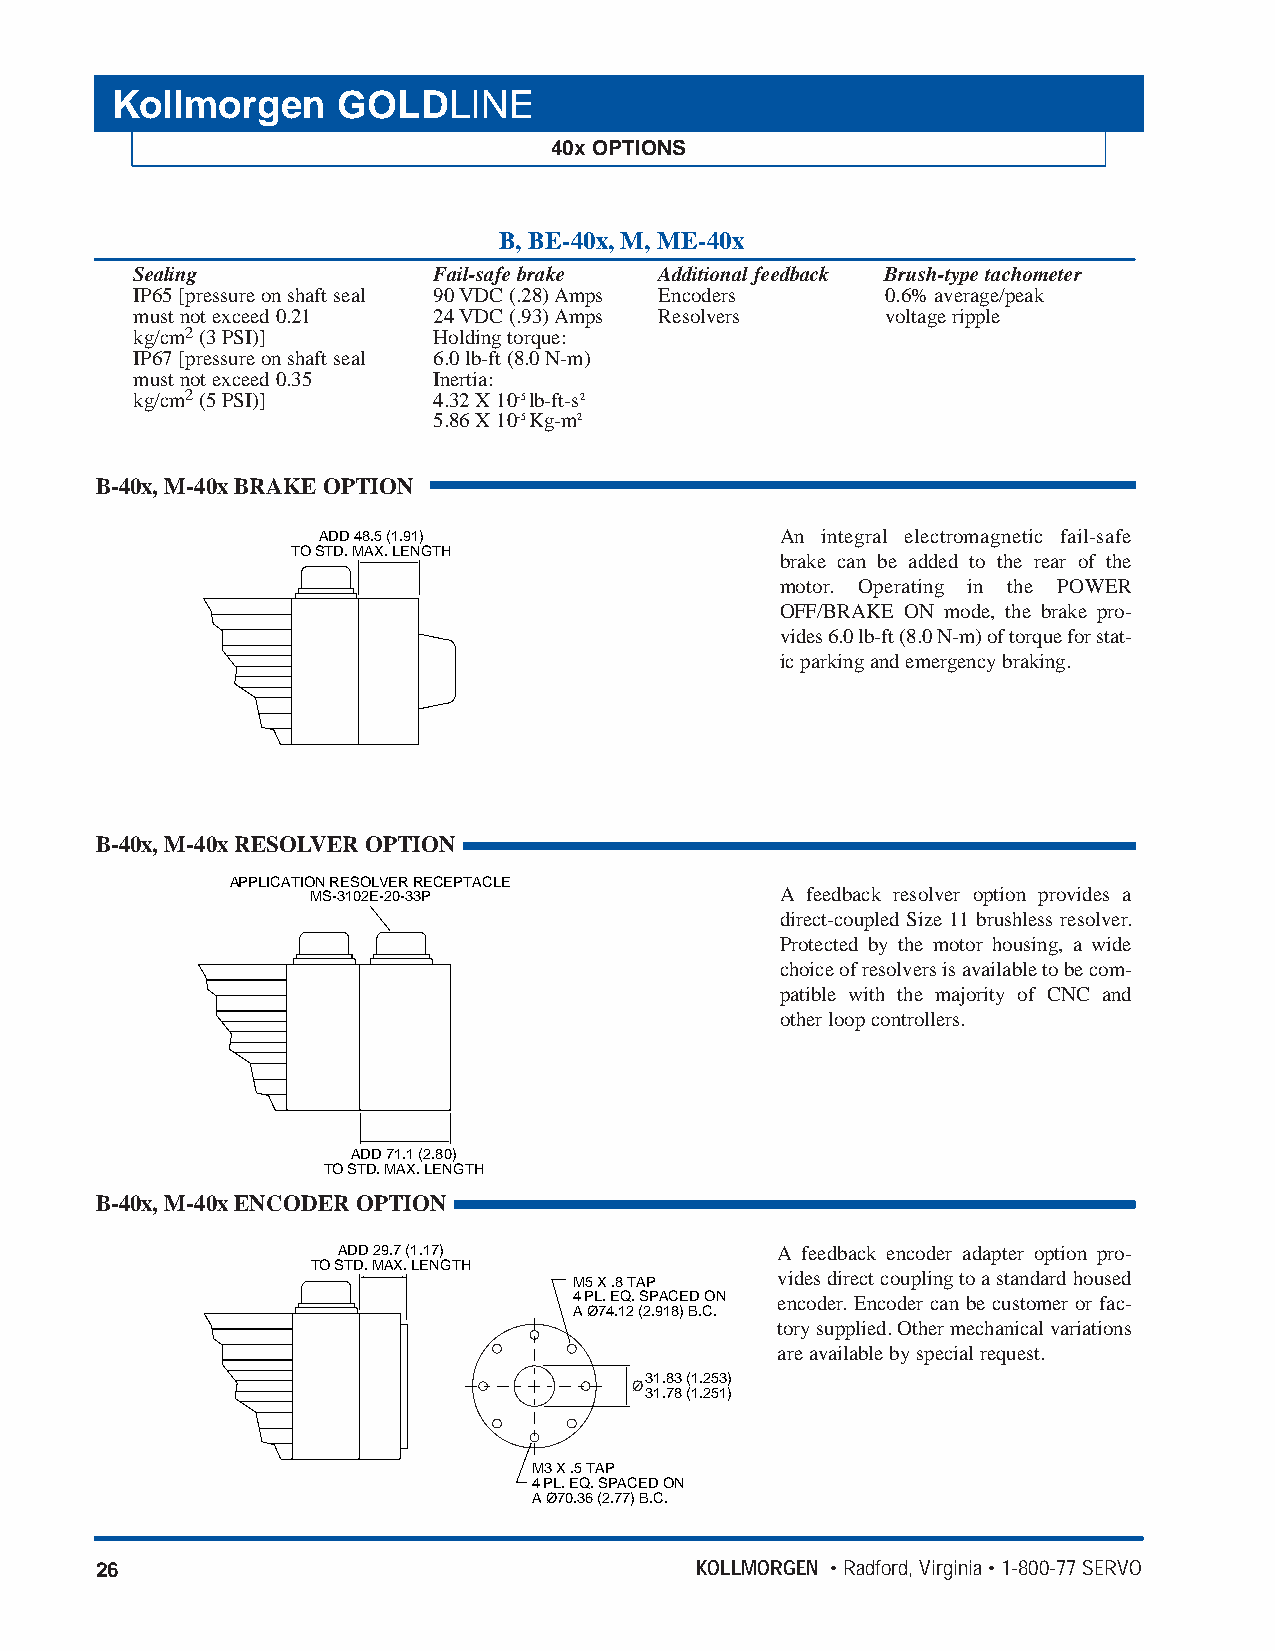
Kollmorgen     GOLDLINE
 40x OPTIONS
 B, BE-40x, M, ME-40x
 Sealing             Fail-safe brake Additional feedback Brush-type tachometer
 IP65 [pressure on shaft seal 90 VDC (.28) Amps Encoders 0.6% average/peak
 must not exceed 0.21 24 VDC (.93) Amps Resolvers  voltage ripple
 kg/cm2(3 PSI)]      Holding torque:
 IP67 [pressure on shaft seal 6.0 lb-ft (8.0 N-m)
 must not exceed 0.35 Inertia:
 kg/cm2(5 PSI)]      4.32 X 10-5 lb-ft-s2
 5.86 X 10-5 Kg-m2
 B-40x, M-40x BRAKE OPTION
 ADD 48.5 (1.91)                An integral electromagnetic fail-safe
 TO STD. MAX. LENGTH
 brake can be added to the rear of the
 motor. Operating in the POWER
 OFF/BRAKE ON mode, the brake pro-
 vides 6.0 lb-ft (8.0 N-m) of torque for stat-
 ic parking and emergency braking.
 B-40x, M-40x RESOLVER OPTION
 APPLICATION RESOLVER RECEPTACLE
 MS-3102E-20-33P                A feedback resolver option provides a
 direct-coupled Size 11 brushless resolver.
 Protected by the motor housing, a wide
 choice of resolvers is available to be com-
 patible with the majority of CNC and
 other loop controllers.
 ADD 71.1 (2.80)
 TO STD. MAX. LENGTH
 B-40x, M-40x ENCODER OPTION
 ADD 29.7 (1.17)              A feedback encoder adapter option pro-
 TO STD. MAX. LENGTH
 vides direct coupling to a standard housed
 M5 X .8 TAP
 4 PL. EQ. SPACED ON encoder. Encoder can be customer or fac-
 A Ø74.12 (2.918) B.C.
 tory supplied. Other mechanical variations
 are available by special request.
 31.83 (1.253)
 Ø
 31.78 (1.251)
 M3 X .5 TAP
 4 PL. EQ. SPACED ON
 A Ø70.36 (2.77) B.C.
 26                                      KOLLMORGEN • Radford, Virginia • 1-800-77 SERVO